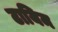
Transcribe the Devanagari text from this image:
टायिम